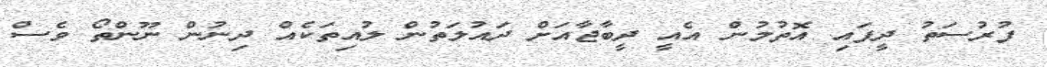
ފުރުސަތު ދީފައި އޮތުމުން އެއީ ދީބާޖާއަށް ދައުލަތުން ލުއިތަކެއް ދިނުން ނޫންތޯ ވެސް